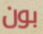
بون